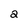
Character: 2